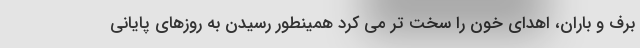
برف و باران، اهدای خون را سخت تر می کرد همینطور رسیدن به روزهای پایانی